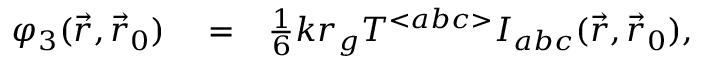
\begin{array} { r l r } { \varphi _ { 3 } ( \vec { r } , \vec { r } _ { 0 } ) } & { { } = } & { { \textstyle \frac { 1 } { 6 } } k r _ { g } { \cal T } { } ^ { < a b c > } { \cal I } _ { a b c } ( \vec { r } , \vec { r } _ { 0 } ) , } \end{array}